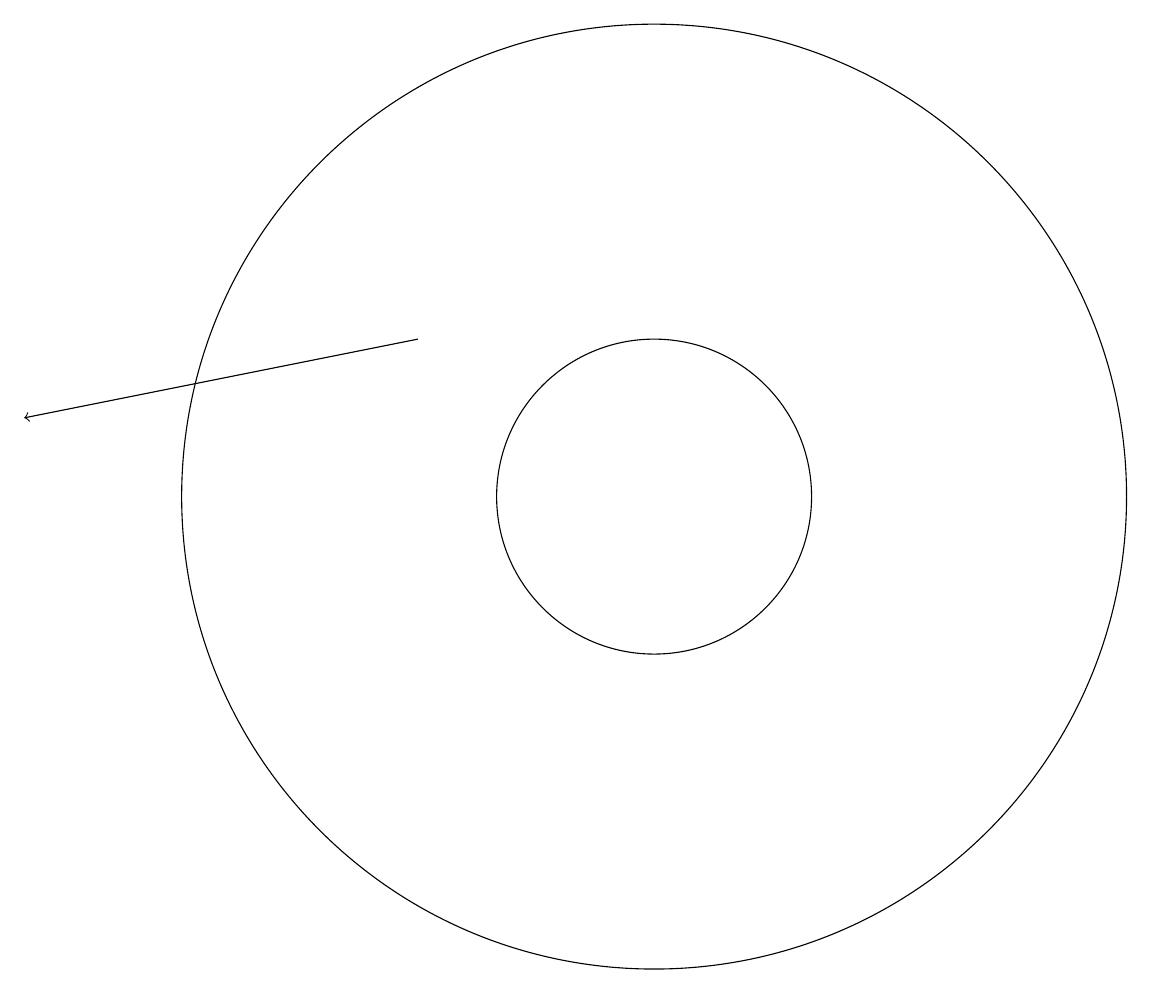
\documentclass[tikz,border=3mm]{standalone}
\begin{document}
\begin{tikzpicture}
\draw (11,12) circle (6);
\draw (11,12) circle (2);
\draw[->] (8,14) -- (3,13);
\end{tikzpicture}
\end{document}